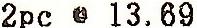
2PC @ 13.69